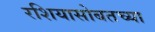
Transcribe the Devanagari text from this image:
रशियासोबतच्या